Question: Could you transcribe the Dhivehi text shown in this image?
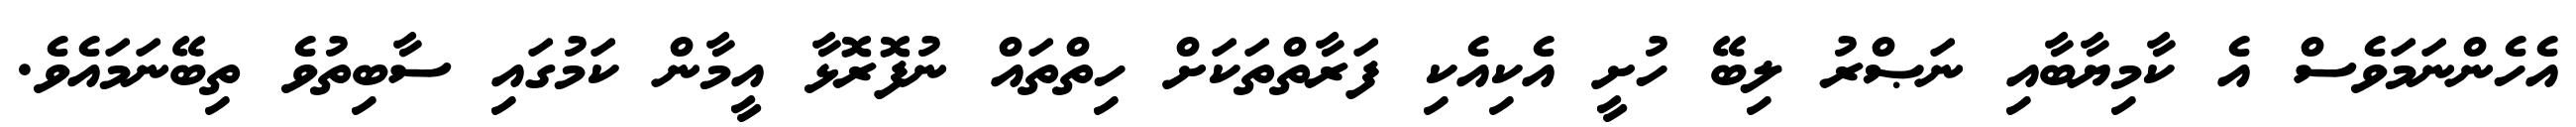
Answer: އެހެންނަމަވެސް އެ ކާމިޔާބާއި ނަޞްރު ލިބޭ ހުށީ އެކިއެކި ފަރާތްތަކަށް ހިތްތައް ނުފޮރޮޅާ އީމާން ކަމުގައި ސާބިތުވެ ތިބޭނަމައެވެ.